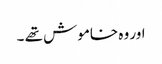
اور وہ خاموش تھے ۔